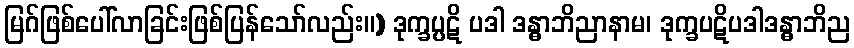
မြဂ်ဖြစ်ပေါ်လာခြင်းဖြစ်ပြန်သော်လည်း။) ဒုက္ခပ္ပဋိ ပဒါ ဒန္ဓာဘိညာနာမ၊ ဒုက္ခပဋိပဒါဒန္ဓာဘိည